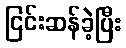
ငြင်းဆန်ခဲ့ပြီး